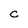
Character: C